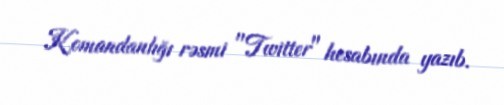
Komandanlığı rəsmi "Twitter" hesabında yazıb.